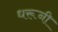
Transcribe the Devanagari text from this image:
धरूनी